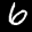
Label: 6